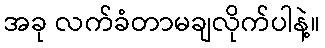
အခု လက်ခံတာမချလိုက်ပါနဲ့။